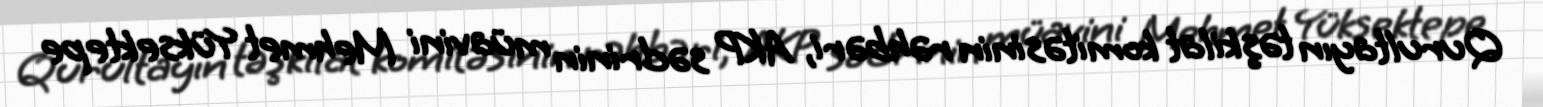
Qurultayın təşkilat komitəsinin rəhbəri, AKP sədrinin müavini Mehmet Yüksektepe